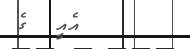
އެއީ  ގެ